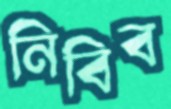
নিবিব